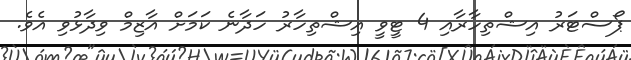
ޕޯސްޓަރު އިޝްތިހާރާއި 4 ޓީވީ އިޝްތިހާރު ހަދާނެ ކަމަށް އާޒިމް ވިދާޅުވި އެވެ.